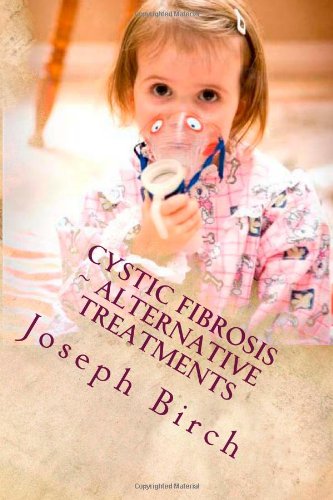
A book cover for Cystic Fibrosis ~ Alternative treatments; Joseph T Birch; Health, Fitness & Dieting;